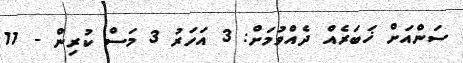
ސަންއަށް ޚަބަރެއް ދެއްވުމަށް: 3 އަހަރު 3 މަސް ކުރިން - 11